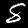
Label: 8